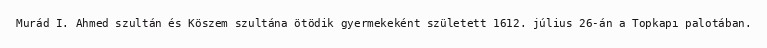
Murád I. Ahmed szultán és Köszem szultána ötödik gyermekeként született 1612. július 26-án a Topkapı palotában.